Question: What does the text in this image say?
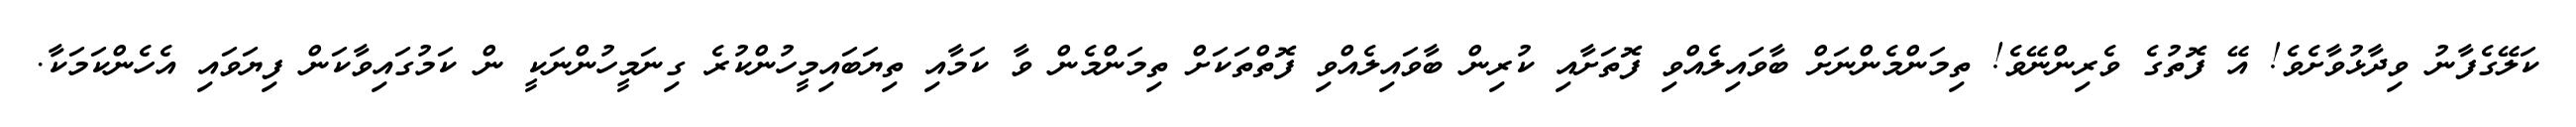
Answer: ކަލޭގެފާނު ވިދާޅުވާށެވެ! އޭ ފޮތުގެ ވެރިންނޭވެ! ތިމަންމެންނަށް ބާވައިލެއްވި ފޮތަށާއި ކުރިން ބާވައިލެއްވި ފޮތްތަކަށް ތިމަންމެން ވާ ކަމާއި ތިޔަބައިމީހުންކުރެ ގިނަމީހުންނަކީ ން ކަމުގައިވާކަން ފިޔަވައި އެހެންކަމަކާ.